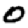
Digit: 0